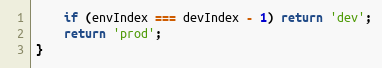
Language: JavaScript
	if (envIndex === devIndex - 1) return 'dev';
	return 'prod';
}